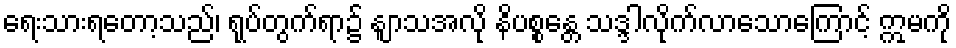
ရေးသားရတော့သည်၊ ရုပ်တွက်ရာ၌ နျာသအလို နိပစ္စန္တေ သဒ္ဒါလိုက်လာသောကြောင့် ဣမကို